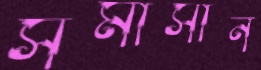
সমাসীন